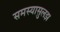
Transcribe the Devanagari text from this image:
समस्यासुलझ